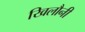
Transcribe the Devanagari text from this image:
खिलौनी